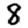
Digit: 8